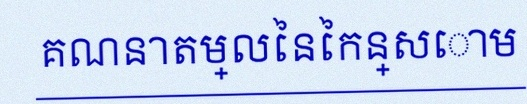
គណនាតម្លៃនៃកន្សោម